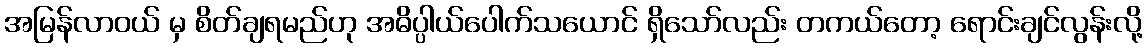
အမြန်လာဝယ် မှ စိတ်ချရမည်ဟု အဓိပ္ပါယ်ပေါက်သယောင် ရှိသော်လည်း တကယ်တော့ ရောင်းချင်လွန်းလို့